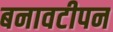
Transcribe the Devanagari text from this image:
बनावटीपन